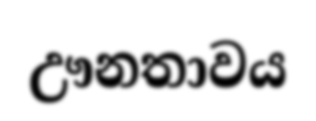
ඌනතාවය